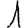
Digit: 1